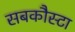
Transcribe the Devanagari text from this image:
सबकौस्टा